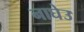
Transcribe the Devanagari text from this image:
नाघेउ